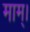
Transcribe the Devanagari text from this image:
माम्।